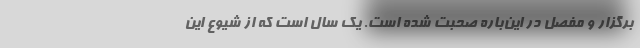
برگزار و مفصل در این‌باره صحبت شده است. یک سال است که از شیوع این